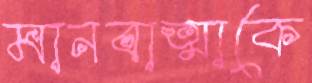
মানবাত্মাকে